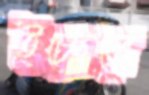
ইচ্ছেতে